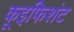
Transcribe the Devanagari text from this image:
कूइफिशंट